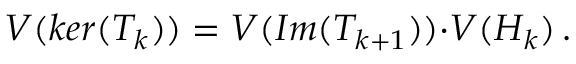
V ( k e r ( T _ { k } ) ) = V ( I m ( T _ { k + 1 } ) ) { \cdot } V ( { \cal H \/ } _ { k } ) \, .